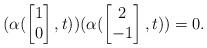
LaTeX: \begin{align*}(\alpha(\begin{bmatrix}1\\0\end{bmatrix},t))(\alpha(\begin{bmatrix}2\\-1\end{bmatrix},t))=0.\end{align*}